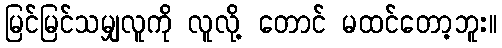
မြင်မြင်သမျှလူကို လူလို့ တောင် မထင်တော့ဘူး။